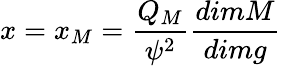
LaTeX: x=x_{M}=\frac{Q_{M}}{{\psi}^{2}}\frac{dimM}{dimg}